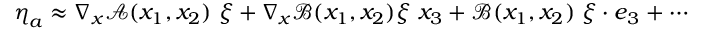
\boldsymbol { \eta } _ { a } \approx \nabla _ { \boldsymbol { x } } \boldsymbol { \mathcal { A } } ( x _ { 1 } , x _ { 2 } ) \ \boldsymbol { \xi } + \nabla _ { \boldsymbol { x } } \boldsymbol { \mathcal { B } } ( x _ { 1 } , x _ { 2 } ) \boldsymbol { \xi } \ x _ { 3 } + \boldsymbol { \mathcal { B } } ( x _ { 1 } , x _ { 2 } ) \ \boldsymbol { \xi } \cdot \boldsymbol { e } _ { 3 } + \cdots